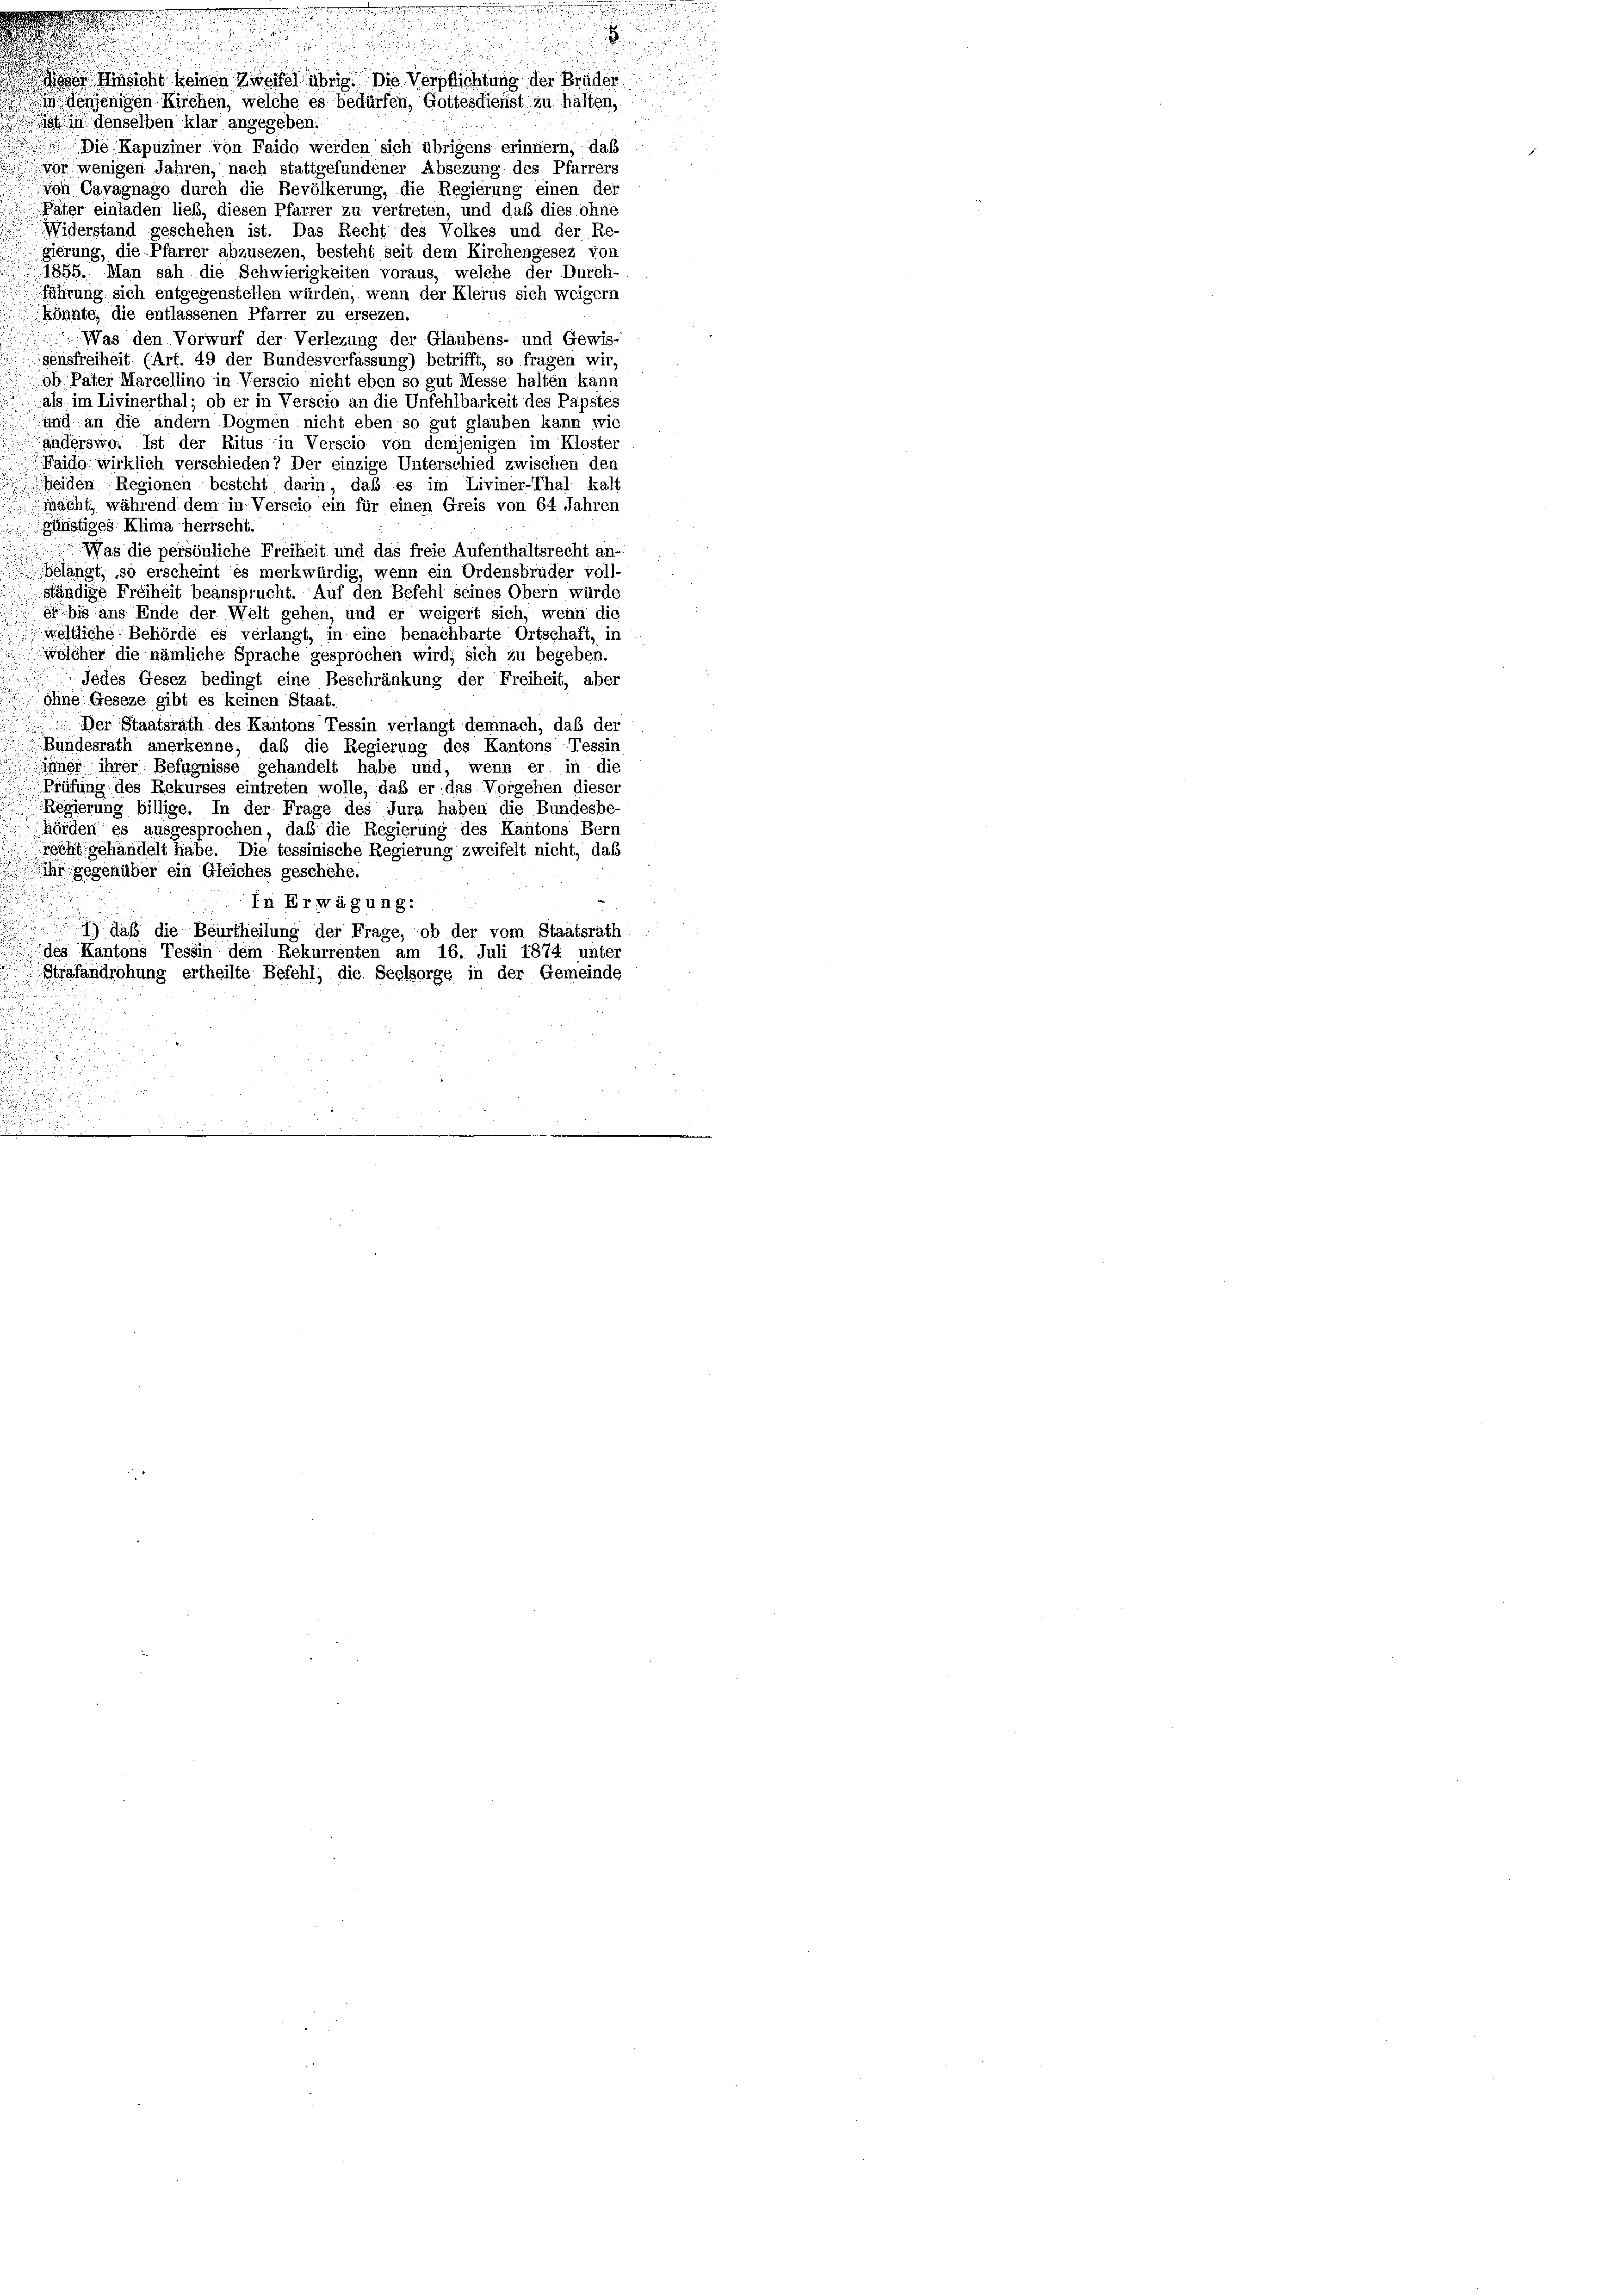
Hinsicht keinen Zweifel übrig. Die Verpflichtung der Brüder
denjenigen Kirchen, welche es bedürfen, Gottesdienst zu halten,
 denselben klar angegeben.
 Die Kapuziner von Faido werden sich übrigens erinnern, daß
404. wenigen Jahren, nach stattgefundener Absezung des Pfarrers
von Cavagnago durch die Bevölkerung, die Regierung einen der
Päter einladen ließ, diesen Pfarrer zu vertreten, und daß dies ohne
Widerstand geschehen ist. Das Recht des Volkes und der Re
gierung, die Pfarrer abzusezen, besteht seit dem Kirchengesez von
1855. Man sah die Schwierigkeiten voraus, welche der Durch-
fährung sich entgegenstellen würden, wenn der Klerus sich weigern
könnte, die entlassenen Pfarrer zu ersezen.
Was den Vorwurf der Verlezung der Glaubens- und Gewis-
sensfreiheit (Art. 49 der Bundesverfassung) betrifft, so fragen wir,
ob Pater Marcellino in Verscio nicht eben so gut Messe halten kann
als im Livinerthal; ob er in Verscio an die Unfehlbarkeit des Papstes
und, an die andern Dogmen nicht eben so gut glauben kann wie
Länderswo. Ist der Ritus in Verscio von demjenigen im Kloster
Haide wirklich verschieden? Der einzige Unterschied zwischen den
seiden Regionen besteht darin, daß es im Liviner-Thal kalt
macht, während dem in Verscio ein für einen Greis von 64. Jahren
günstiges Klima herrscht
Was die persönliche Freiheit und das freie Aufenthaltsrecht an-
slangt, so erscheint es merkwürdig, wenn ein Ordensbruder voll-
ständige Freiheit beansprucht. Auf den Befehl seines Obern würde
si bis ans Ende der Welt gehen, und er weigert sich, wenn die
weltliche Behörde es verlangt, in eine benachbarte Ortschaft, in
welcher die nämliche Sprache gesprochen wird; sich zu begeben.
Jedes Gesez bedingt eine Beschränkung der Freiheit, aber
ohne Geseze gibt es keinen Staat.
Der Staatsrath des Kantons Tessin verlangt demnach, daß der
Bundesrath anerkenne, daß die Regierung des Kantons Tessin
inner ihrer Befugnisse gehandelt habe und, wenn er in die
Prüfung des Rekurses eintreten wolle, das er das Vorgehen dieser
Regierung billige. In der Frage des Jura haben die Bundesbe-
hörden es ausgesprochen, daß die Regierung des Kantons Berr
recht gehandelt habe. Die tessinische Regierung zweifelt nicht, das
ihr gegenüber ein Gleiches geschehe.

In Erwägung:
) daß die Beurtheilung der Frage, ob der vom Staatsrath
des Kantons Tessin dem Rekurrenten am 16. Juli 1874 unter
Strafandrohung ertheilte Befehl, die Seelsorge in der Gemeinde

u
i

s
u

e
3